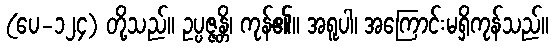
(ပေ-၁၂၄) တို့သည်။ ဥပ္ပဇ္ဇန္တိ၊ ကုန်၏။ အရူပါ၊ အကြောင်းမရှိကုန်သည်။